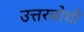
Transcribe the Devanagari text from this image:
उत्तरबोधी